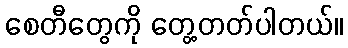
စေတီတွေကို တွေ့တတ်ပါတယ်။